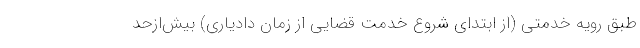
طبق رویه خدمتی (از ابتدای شروع خدمت قضایی از زمان دادیاری) بیش‌ازحد